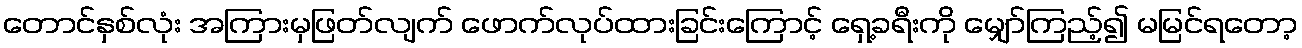
တောင်နှစ်လုံး အကြားမှဖြတ်လျက် ဖောက်လုပ်ထားခြင်းကြောင့် ရှေ့ခရီးကို မျှော်ကြည့်၍ မမြင်ရတော့